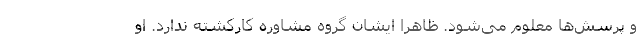
و پرسش‌ها معلوم می‌شود. ظاهراً ایشان گروه مشاوره کارکشته ندارد. او